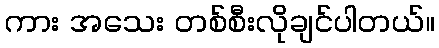
ကား အသေး တစ်စီးလိုချင်ပါတယ်။